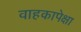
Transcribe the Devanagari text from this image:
वाहकापेक्षा